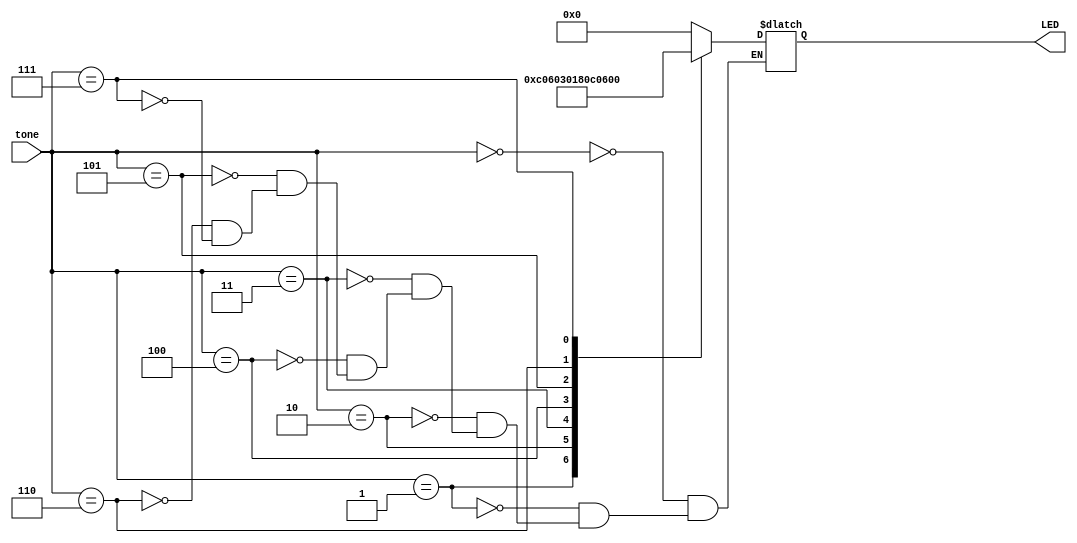
`timescale 1ns / 1ps
//////////////////////////////////////////////////////////////////////////////////
// Company: 
// Engineer: 
// 
// Design Name: 
// Module Name:    LED_out 
// Project Name: 
// Target Devices: 
// Tool versions: 
// Description: 
//
// Dependencies: 
//
// Revision: 
// Revision 0.01 - File Created
// Additional Comments: 
//
//////////////////////////////////////////////////////////////////////////////////
module LED_out(
	input wire [3:0]	tone,
	output reg [7:0]  LED
    );

	localparam [3:0] DEFAULT	= 4'h0;
	localparam [3:0] FLAT_3		= 4'h1;
	localparam [3:0] FLAT_2		= 4'h2;
	localparam [3:0] FLAT_1		= 4'h3;
	localparam [3:0] ON_PITCH	= 4'h4;
	localparam [3:0] SHARP_1	= 4'h5;
	localparam [3:0] SHARP_2	= 4'h6;
	localparam [3:0] SHARP_3	= 4'h7;
	
	
	always @ (tone) begin
		case (tone)
			DEFAULT:		LED = 8'b00000000;
			FLAT_3:		LED = 8'b11000000;
			FLAT_2:		LED = 8'b01100000;
			FLAT_1:		LED = 8'b00110000;
			ON_PITCH:	LED = 8'b00011000;
			SHARP_1:		LED = 8'b00001100;
			SHARP_2:		LED = 8'b00000110;
			SHARP_3:		LED = 8'b00000011;			
		endcase
	end //always


endmodule